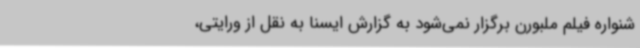
شنواره فیلم ملبورن برگزار نمی‌شود به گزارش ایسنا به نقل از ورایتی،